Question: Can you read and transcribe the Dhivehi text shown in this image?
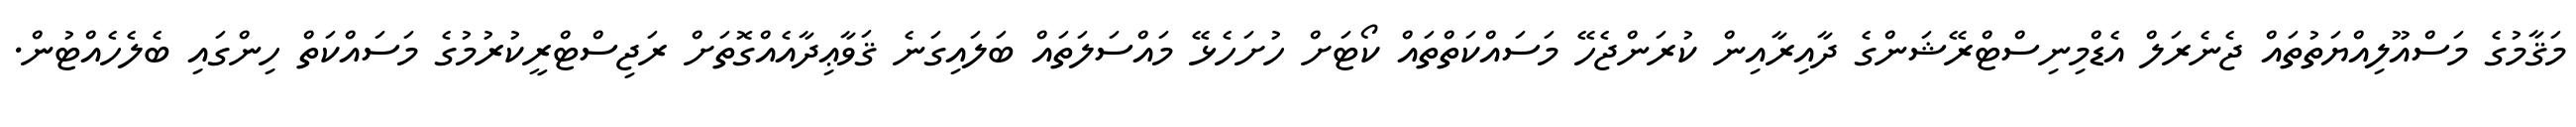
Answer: މަޤާމުގެ މަސްއޫލިއްޔަތުތައް ޖެނެރަލް އެޑްމިނިސްޓްރޭޝަންގެ ދާއިރާއިން ކުރަންޖެހޭ މަސައްކަތްތައް ކޯޓަށް ހުށަހެޅޭ މައްސަލަތައް ބަލައިގަނެ ޤަވާޢިދާއެއްގޮތަށް ރަޖިސްޓްރީކުރުމުގެ މަސައްކަތް ހިންގައި ބެލެހެއްޓުން.